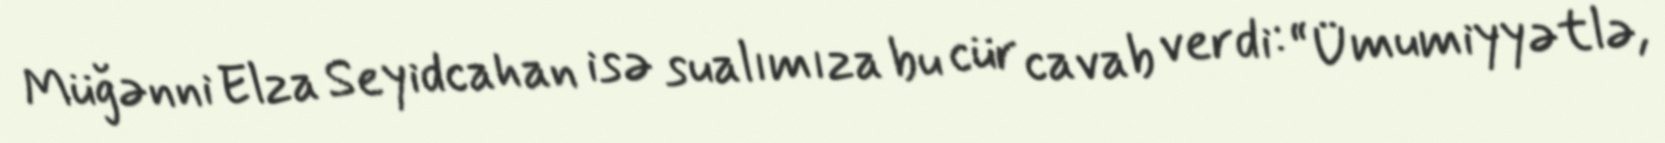
Müğənni Elza Seyidcahan isə sualımıza bu cür cavab verdi: “Ümumiyyətlə,